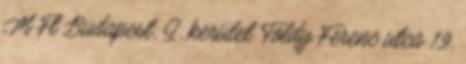
M Ft Budapest, I. kerület Toldy Ferenc utca 19.